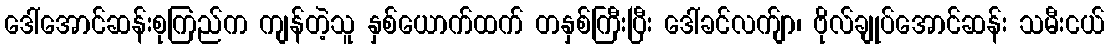
ဒေါ်အောင်ဆန်းစုကြည်က ကျန်တဲ့သူ နှစ်ယောက်ထက် တနှစ်ကြီးပြီး ဒေါ်ခင်လက်ျာ၊ ဗိုလ်ချုပ်အောင်ဆန်း သမီးငယ်